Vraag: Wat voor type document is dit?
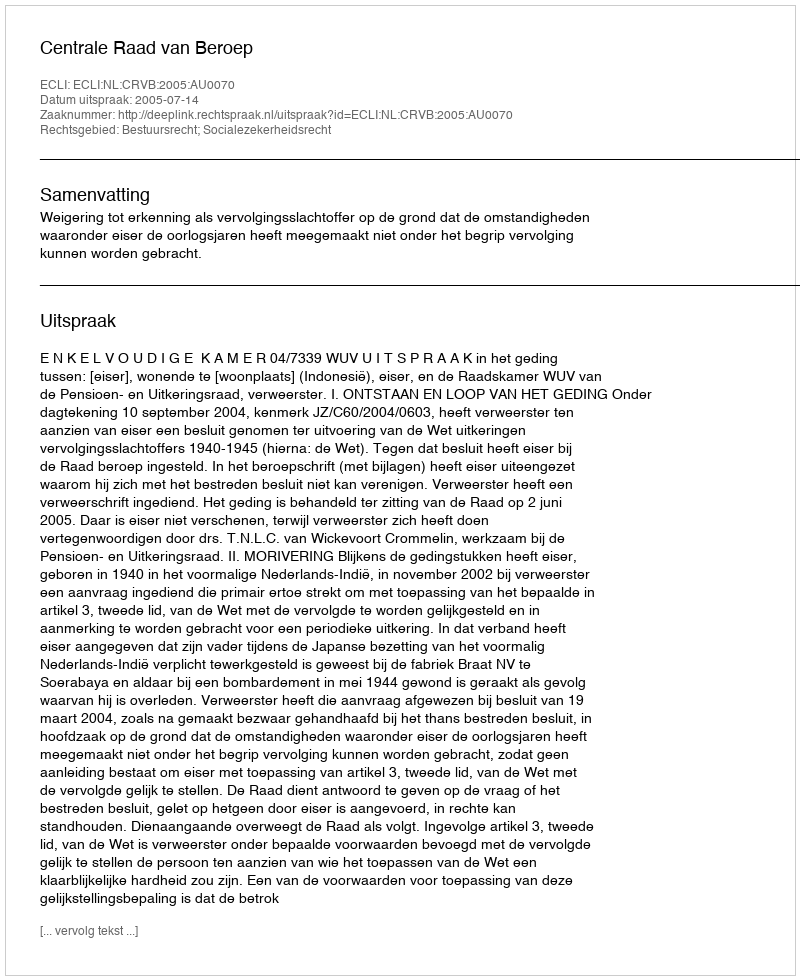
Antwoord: Uitspraak